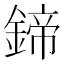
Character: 鍗